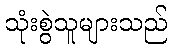
သုံးစွဲသူများသည်